Report on vaccination in Madras 1895-1903 - 1895-1903
Year: 1895
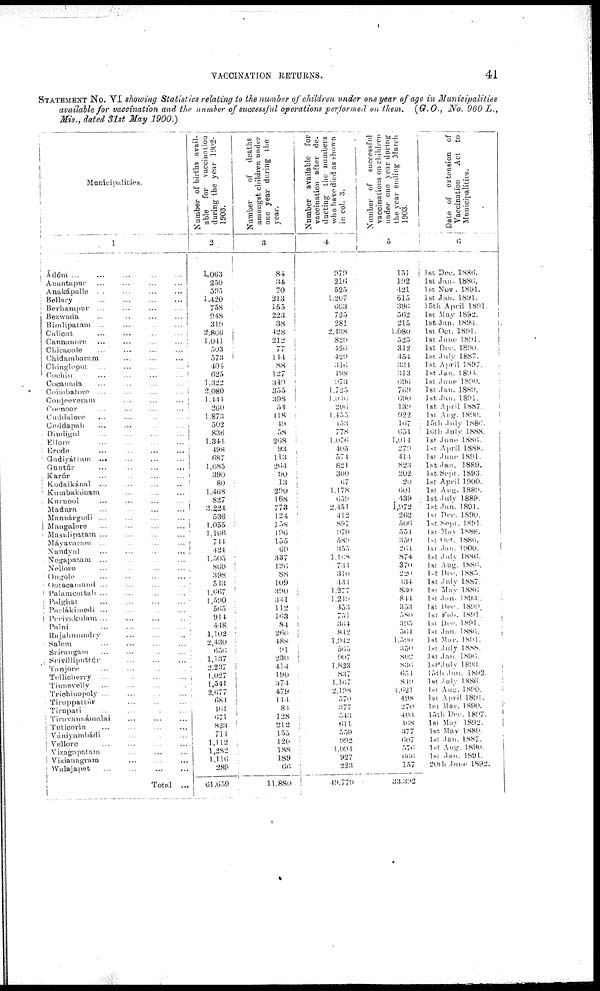
VACCINATION RETURNS.
41
STATEMENT No. VI showing Statistics relating to the number of children under one year of age in Municipalities
available for vaccination and the number of successful operations performed on them.
(G.O., No. 960 L.,
Mis., dated 31st May 1900.)
Municipalities.
1
Ádóm ... ... ... ... ...
Anantapur ... ... ... ...
Anakápalle ... ... ... ...
Bellary ... ... ... ...
Berhampur ... ... ... ...
Bezwada ... ... ... ...
Bimlipatam ... ... ... ...
Calicut ... ... ... ...
Cannanore ... ... ... ...
Chicacole ... ... ... ...
Chidambaram ... ... ...
Chingleput ... ... ... ...
Cochin
...
...
...
...
Cocanada ... ... ... ...
Coimbatore ... ... ... ...
Conjeeveram ... ... ...
Coonoor ... ... ... ...
Cuddalore ... ... ... ...
Cuddapah ... ... ... ...
Dindigul ... ... ... ...
Ellore ... ... ... ...
Erode ... ... ... ...
Gudiyáttam ... ... ... ...
Guntúr ... ... ... ...
Karúr ... ... ... ...
Kodaikánal ... ... ... ...
Kumbakónam ... ... ...
Kurnool ... ... ... ...
Madura ... ... ... ...
Mannárgudi ... ... ... ...
Mangalore ... ... ... ...
Masulipatam ... ... ... ...
Máyavnram ... ... ... ...
Nandyal ... ... ... ...
Negapatam
... ... ... ...
Nellore ... ... ... ...
Ongole
...
...
...
...
Ootacamund ... ... ... ...
Palameottah ... ... ... ...
Palghat ... ... ... ...
Parlákimedi ... ... ... ...
Periyakulam ... ... ... ...
Palni ... ... ... ...
Rajahmundry ... ... ... ...
Salem ... ... ... ...
Srírangam ... ... ... ...
Srívilliputtúr ... ... ... ...
Tanjore ... ... ... ...
Tellicherry ... ... ... ...
Tinnevelly ... ... ... ...
Trichinopoly ... ... ... ...
Tiruppatttúr ... ... ... ...
Tirupati ... ... ... ...
Tiruvannámalai ... ... ... ...
Tuticorin ... ... ... ...
Vániyambádi ... ... ... ...
Vellore
...
...
...
...
Vizagapatam ... ... ... ...
Vizianagram ... ... ... ...
Walajapet
...
...
...
...
Total ...
Number
of
births
avail-
able
for
vaccination
during the year 1902-
1903.
2
1,063
250
595
1,420
758
948
319
2,866
1,041
503
573
401
625
1,322
2,080
1,441
260
1,873
502
836
1,344
498
687
1,085
390
80
1,468
827
3,224
536
1,055
1,166
744
424
1,505
860
398
513
1,667
1,590
565
914
418
1,102
2,430
656
1,137
2,237
1,027
1,541
2,677
684
161
671
823
714
1,112
1,282
1,116
289
61,659
Number of
deaths
amongst children under
one year during the
year.
3
84
34
70
213
155
223
38
428
212
77
144
88
127
349
355
398
54
118
49
58
268
93
113
264
90
13
290
168
773
124
158
196
155
69
337
126
88
109
390
341
112
163
84
260
488
91
230
414
190
374
479
114
84
128
212
155
120
188
189
66
11,880
Number available for
vaccination after de-
ducting the numbers
who have died as shown
in col. 3.
4
979
216
525
1,207
603
725
281
2,438
820
420
420
316
198
973
1,725
1,016
206
1,455
153
778
1,076
405
574
821
300
67
1,178
659
2,451
412
897
970
589
355
1,168
731
310
431
1,277
1,219
453
751
364
812
1,942
565
907
1,823
837
1,167
2,108
570
377
543
611
559
992
1,094
927
223
40,779
Number of
successful
vaccinations on children
under one year during
the year ending March
1903.
5
151
192
421
515
396
562
215
1,080
525
312
454
334
313
696
769
690
139
922
167
651
1,014
279
414
823
202
20
601
439
1,972
262
506
551
350
261
874
370
220
134
830
844
353
580
395
561
1,590
350
802
836
651
819
1,621
498
270
403
468
377
607
576
666
157
33,392
Date of extension of
Vaccination
Act to
Municipalities.
6
1st Dec. 1886.
1st Jan. 1886.
1st Nov. 1891.
1st Jan. 1891.
15th April 1891.
1st May 1892.
1st Jan. 1894.
1st Oct. 1891.
1st June 1891.
1st Dec 1890.
1st July 1887.
1st April 1897.
1st. Jan. 1891.
1st June 1890.
1st Jan. 1889.
1st Jan. 1801.
1st April 1887.
1st. Aug. 1890.
15th July 1880.
16th July 1888.
1st June 1886.
1st April 1888.
1st June 1891.
1st Jan. 1889.
1st Sept. 1893.
1st April 1900.
1st Aug. 1889.
1st July 1889.
1st Jan. 1891.
1st Dec. 1890.
1st. Sept. 1891.
1st May 1888.
1st Oct. 1886.
1st Jan. 1900.
1st July 1886.
1st Aug. 1886.
1st Dec. 1885.
1st. July 1887.
1st May 1886
1st Jan. 1893.
1st Dec. 1899.
1st Feb. 1891.
1st Dec. 1891.
1st Jan. 1886
1st Mar. 1891.
1st July 1888.
1st Jan. 1896.
1st July 1893.
15th Jan. 1892.
1st July 1886.
1st Aug. 1890.
1st April 1891.
1st Mar. 1890.
15th Dec.1897.
1st May 1892.
1st May 1889.
1st Jan.1887.
1st Aug. 1890.
1st Jan. 1891.
20 t h June 1892.